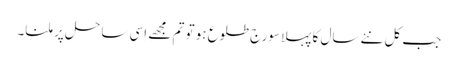
جب کل نئےسال کا پہلا سورج طلوع ہو تو تم مجھے اِسی ساحل پر ملنا۔